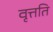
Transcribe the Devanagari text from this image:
वृत्तति